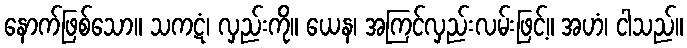
နောက်ဖြစ်သော။ သကဋံ၊ လှည်းကို။ ယေန၊ အကြင်လှည်းလမ်းဖြင့်။ အဟံ၊ ငါသည်။